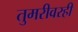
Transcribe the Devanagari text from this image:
तुमरीवरही